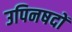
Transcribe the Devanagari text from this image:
उपिनषदों